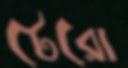
টেরো